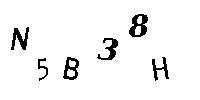
N5B38H